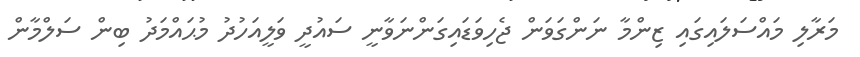
މަރާލި މައްސަލައިގައި ޒިންމާ ނަންގަވަން ޖެހިވަޑައިގަންނަވާނީ ސައުދީ ވަލީއަހުދު މުޙައްމަދު ބިން ސަލްމާން